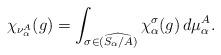
LaTeX: \begin{align*} \chi_{\nu^{A}_{\alpha}}(g) = \int_{\sigma \in \widehat{(S_{\alpha}/A)}} \chi^{\sigma}_{\alpha}(g) \, d\mu^{A}_{\alpha}. \end{align*}